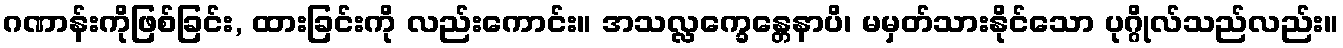
ဂဏာန်းကိုဖြစ်ခြင်း, ထားခြင်းကို လည်းကောင်း။ အသလ္လက္ခေန္တေနာပိ၊ မမှတ်သားနိုင်သော ပုဂ္ဂိုလ်သည်လည်း။